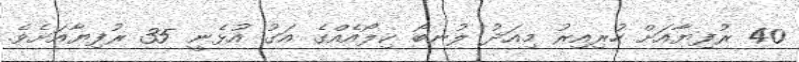
40 ރުފިޔާއަށް ހުރިއިރު މިއަދު ލުނބޯ ކިލޯއެއްގެ އަގު އުޅެނީ 35 ރުފިޔާއަށެވެ.